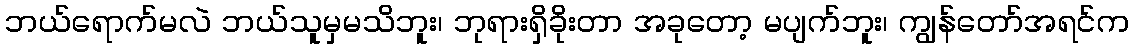
ဘယ်ရောက်မလဲ ဘယ်သူမှမသိဘူး၊ ဘုရားရှိခိုးတာ အခုတော့ မပျက်ဘူး၊ ကျွန်တော်အရင်က